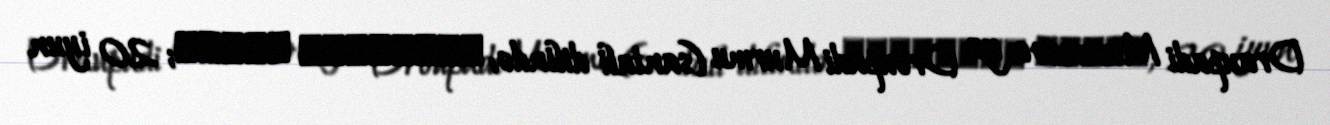
Draupadi Murmu və ya Droupadi Murmu (santali dilində: ᱫᱨᱚᱣᱯᱚᱫᱤ ᱢᱩᱨᱢᱩ; 20 iyun